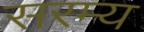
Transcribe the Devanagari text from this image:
सरम्य